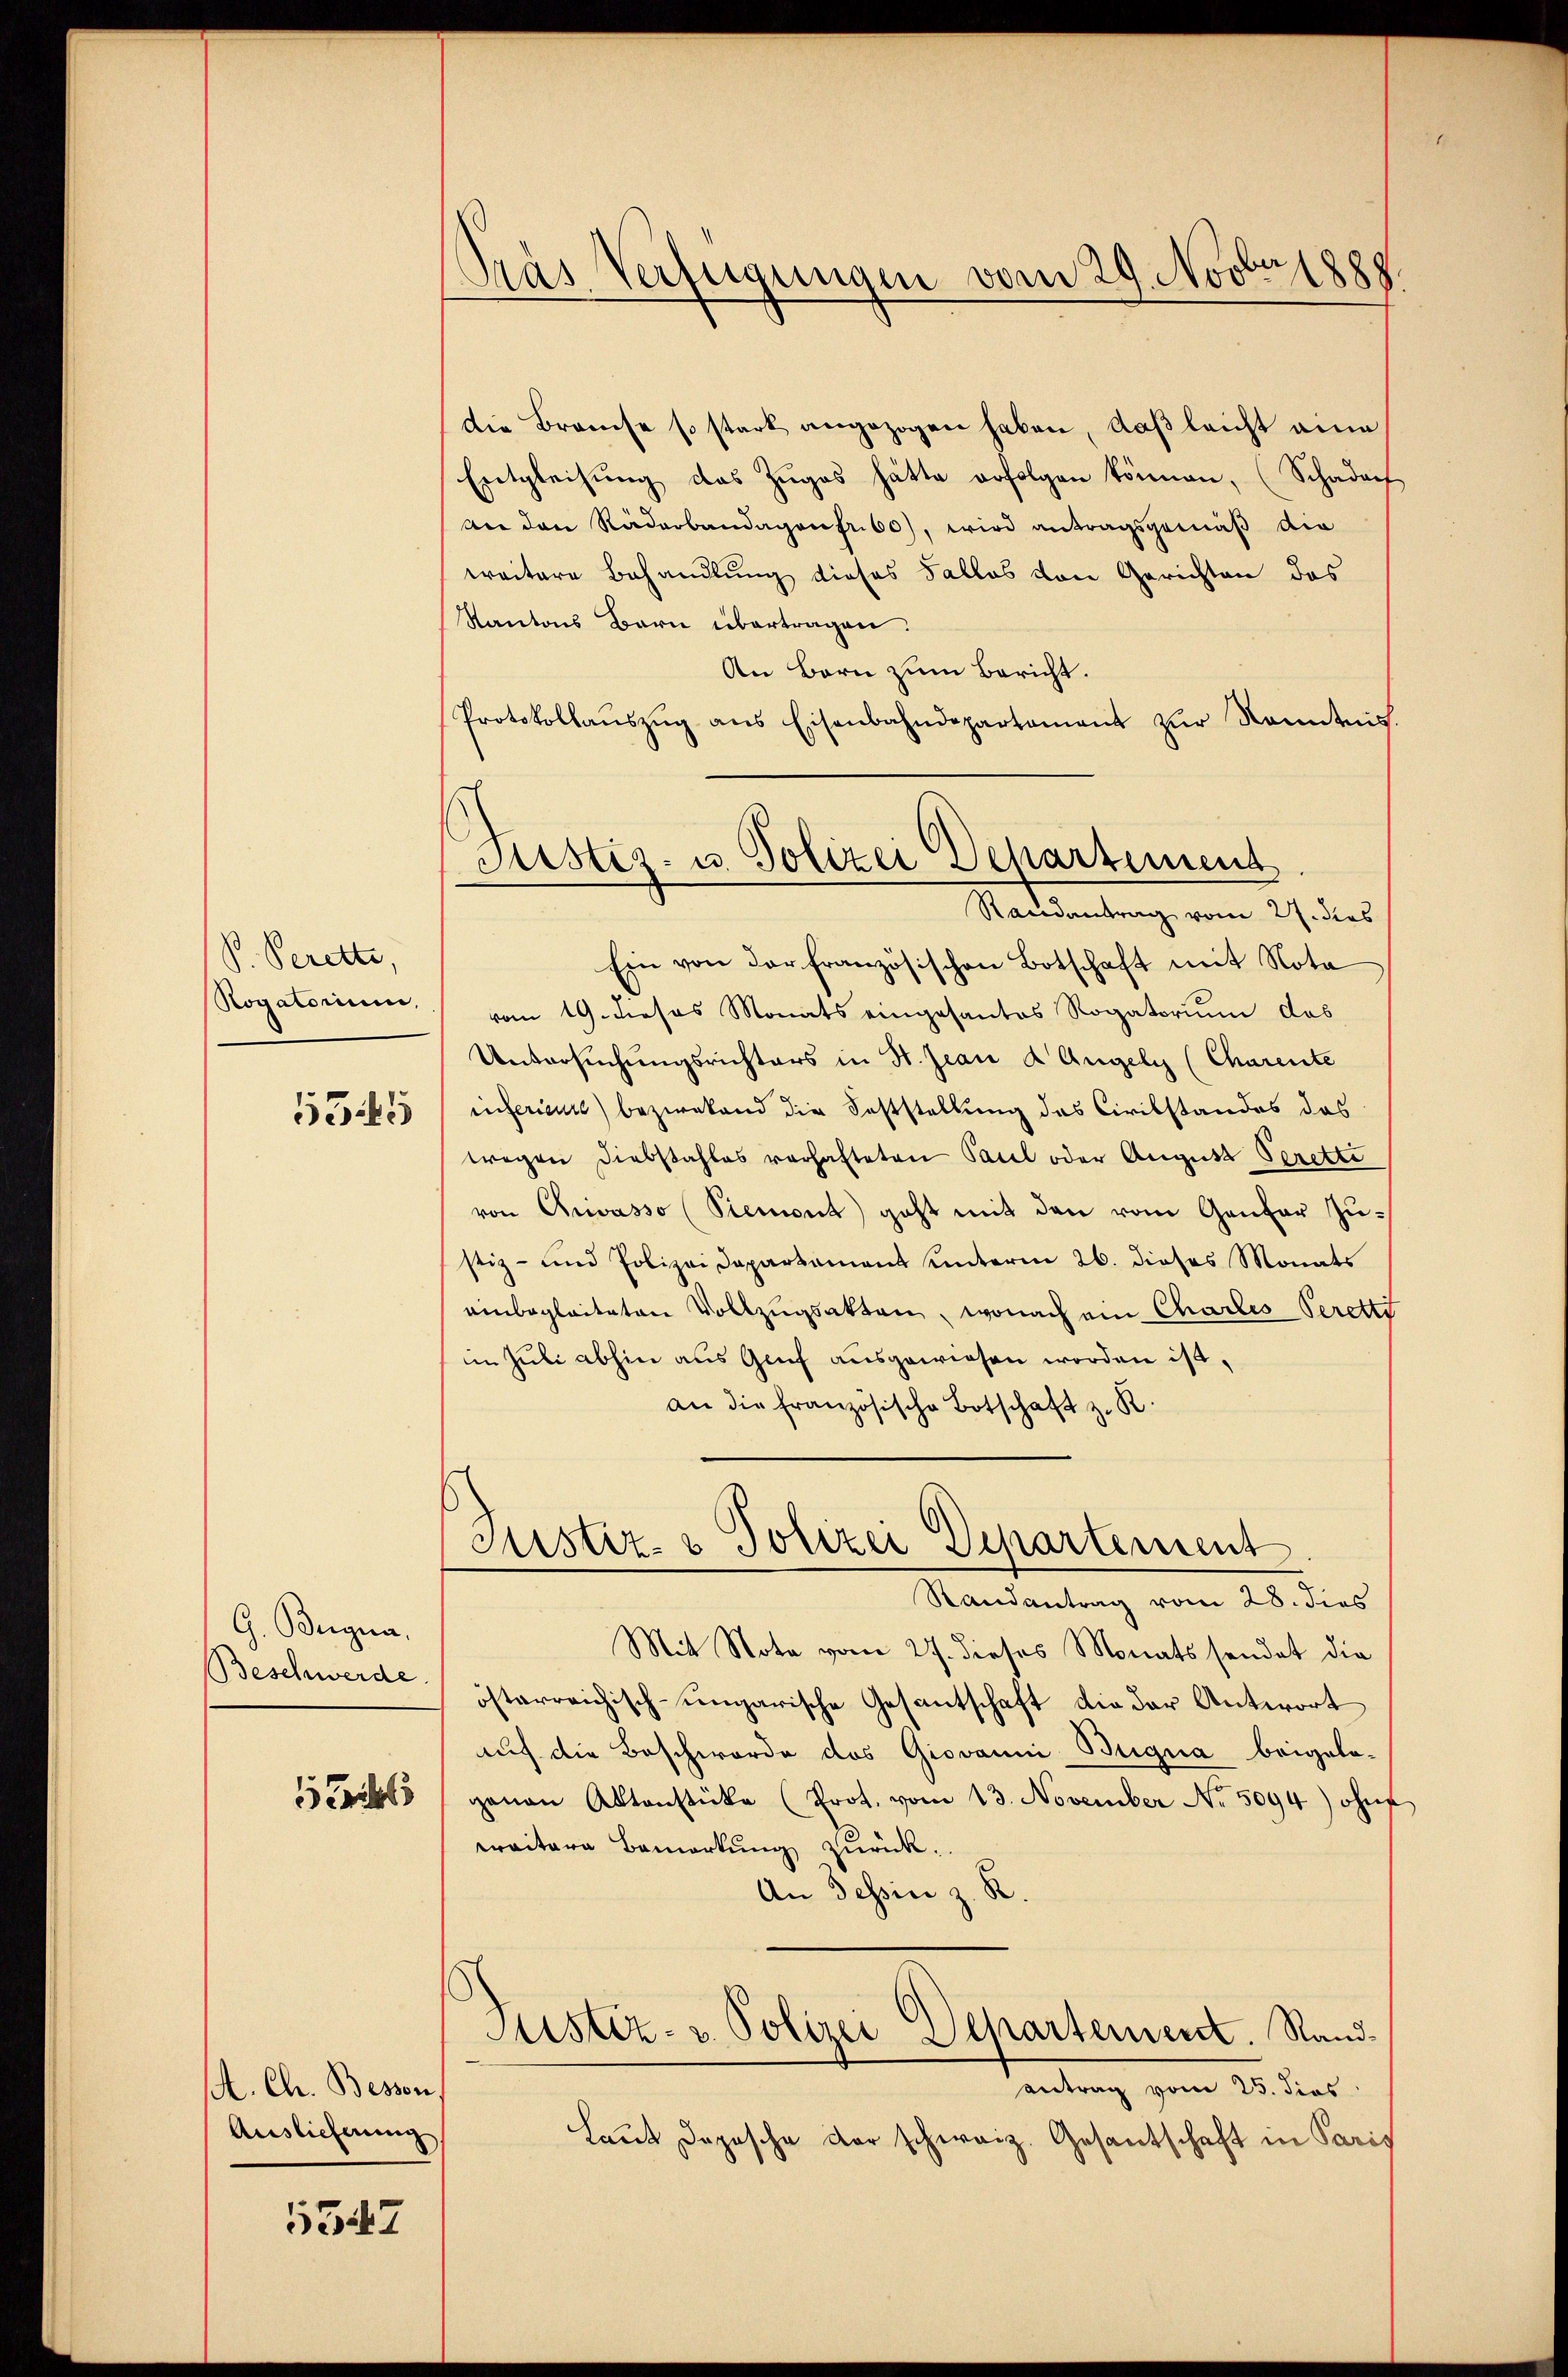
P. Perette,
Rogatorium,

5545

G. Begna,
Beschwerde.

5

. Ch. Beson
Auslieferung

5547

Pras Verfügungen vom 29. Novbetzg

Die Brauche so stark angezogen haben, daß leicht eine
Entgleichung das Zuges hätte erfolgen können, (Schadorf
An den Räderbandagen fr. 60), wird antragsgemäß die
weitere Behandlung dieses Falles von Gerichten das
Kantons Bern übertragen.
An Bern zum Bericht.
Protokollaŭszŭg ans Eisenbahndepartament zŭr Kenntnis.
Ein von der französischen Botschaft mit Nota
vom 19. dieses Monats eingesantes Rogatorium das
Untersuchungsrichters in St. Jean d Angeln (Charente
inferieurs) bezwekend die Feststellung des Civilstandes das
wegen Diebstahles verhafteten Paul oder August Sprette
von Chiasso (Piemont) geht mit den vom Genfer Zu-
stiz- und Polizeidepartement unterm 26. dieses Monats
einbegleiteten Vollzugsakten, wonach ein Chartes Peretti
im Juli abhin aus Genf ausgewiesen worden ist,
an die französische Botschaft z. R.
Justiz- & Polizei Departement
Randantrag vom 28. dies
Mit Note vom 27. dieses Monats sendet die
österreichisch-ungarische Gesantschaft die der Antwort
auch die Beschwerde das Giovanni Bugna beigelagenau Aktenstücke (Prot. vom 13. November No. 5094) ohne
weitere Bemerkung zurück.
An Tessin z. B
Justiz- u. Polizei Departement. Sandantrag vom 25. dies
Laut Depesche der schweiz. Gesantschaft in Paris

Justiz- u. Polizei Departement
Randantrag vom 27. dies